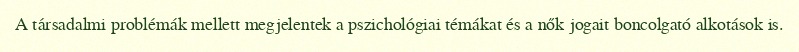
A társadalmi problémák mellett megjelentek a pszichológiai témákat és a nők jogait boncolgató alkotások is.